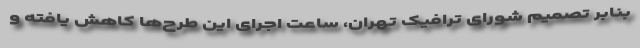
بنابر تصمیم شورای ترافیک تهران، ساعت اجرای این طرح‌ها کاهش یافته و